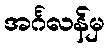
အင်္ဂလန်မှ